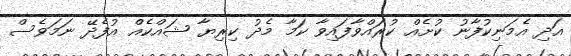
އަދި އެމަނިކުފާނު ކުށެއް ކުރައްވާފައިވާ ކަމާ މެދު ކިރިޔާ ޝައްކެއް އުފެދޭ ނަމަވެސް